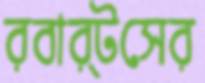
রবার্টসের